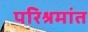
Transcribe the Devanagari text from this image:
परिश्रमांत